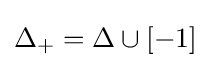
\Delta _{+}=\Delta \cup [-1]